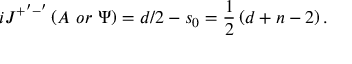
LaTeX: i J ^ { + ^ { \prime } - ^ { \prime } } \left( A \, \, o r \, \, \Psi \right) = d / 2 - s _ { 0 } = \frac 1 2 \left( d + n - 2 \right) .